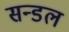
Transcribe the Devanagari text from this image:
सन्डल